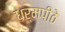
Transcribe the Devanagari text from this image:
धर्मपीठे